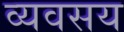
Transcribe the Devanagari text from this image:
व्यवसय